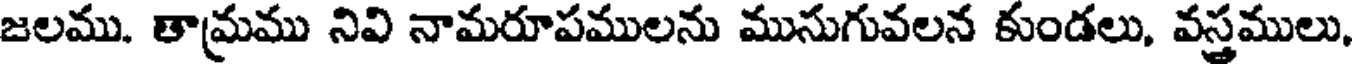
జలము. తామ్రము నివి నామరూపములను మునుగువలన కుండలు, వస్త్రములు,